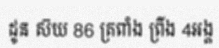
ដូន ស៊យ 86 ត្រពាំង ព្រីង 4អង្គ